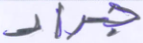
جراد